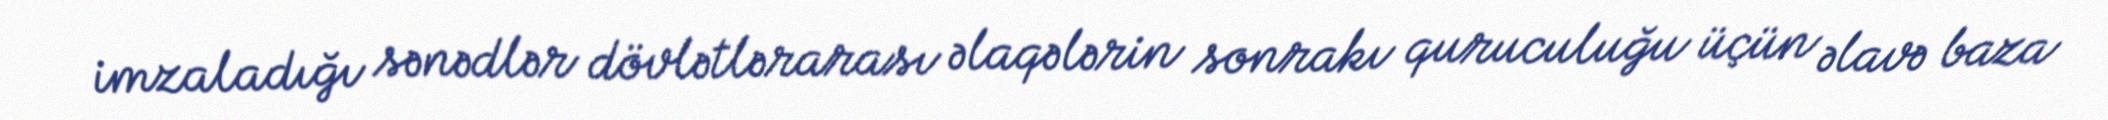
imzaladığı sənədlər dövlətlərarası əlaqələrin sonrakı quruculuğu üçün əlavə baza